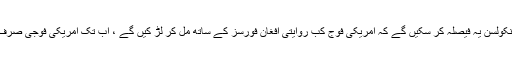
نئی پالیسی کے تحت افغانستان میں امریکی کمانڈر جنرل جان نکولسن یہ فیصلہ کر سکیں گے کہ امریکی فوج کب روایتی افغان فورسز کے ساتھ مل کر لڑ کیں گے ، اب تک امریکی فوجی صرف افغان اسپیشل فورسز کے ساتھ مل کر مقابلہ کرتے رہے ہیں۔